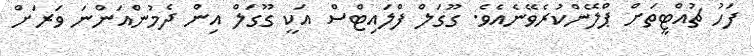
ފަހު ޗުއްޓީތަށް ޕްލޭންކުރެވޭނެއެވެ. ގޫގަލް ފްލައިޓްސް އަކީ ގޫގަލް އިން ދެމުންއަންނަ ވަރަށް